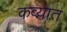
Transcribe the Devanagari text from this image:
कव्यात